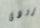
برودى